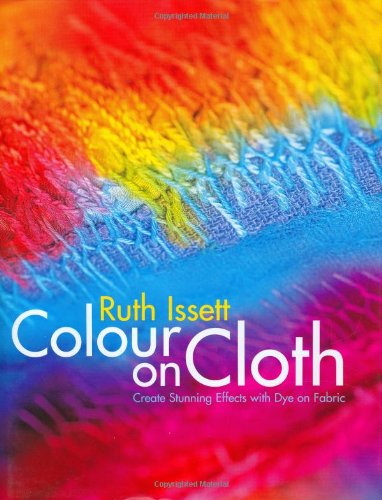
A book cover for Colour on Cloth: Create Stunning Effects with Dye on Fabric; Ruth Issett; Crafts, Hobbies & Home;